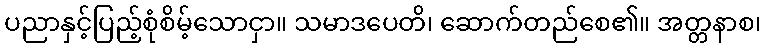
ပညာနှင့်ပြည့်စုံစိမ့်သောငှာ။ သမာဒပေတိ၊ ဆောက်တည်စေ၏။ အတ္တနာစ၊